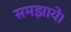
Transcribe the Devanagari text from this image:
समझायें।